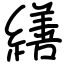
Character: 繕